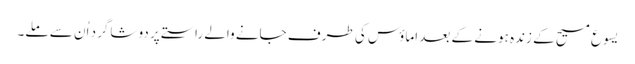
‏ یسوع مسیح کے زندہ ہونے کے بعد اِماؤس کی طرف جانے والے راستے پر دو شاگرد اُن سے ملے۔